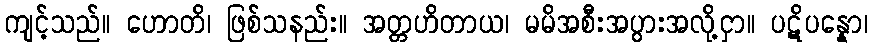
ကျင့်သည်။ ဟောတိ၊ ဖြစ်သနည်း။ အတ္တဟိတာယ၊ မမိအစီးအပွားအလို့ငှာ။ ပဋိပန္နော၊